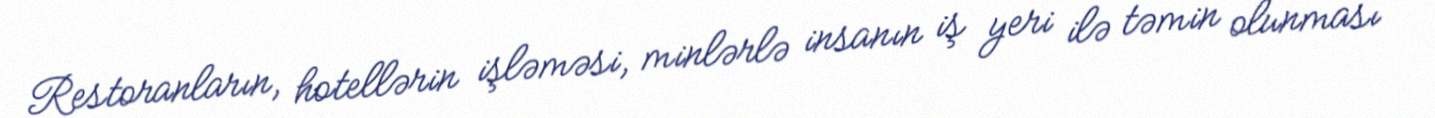
Restoranların, hotellərin işləməsi, minlərlə insanın iş yeri ilə təmin olunması